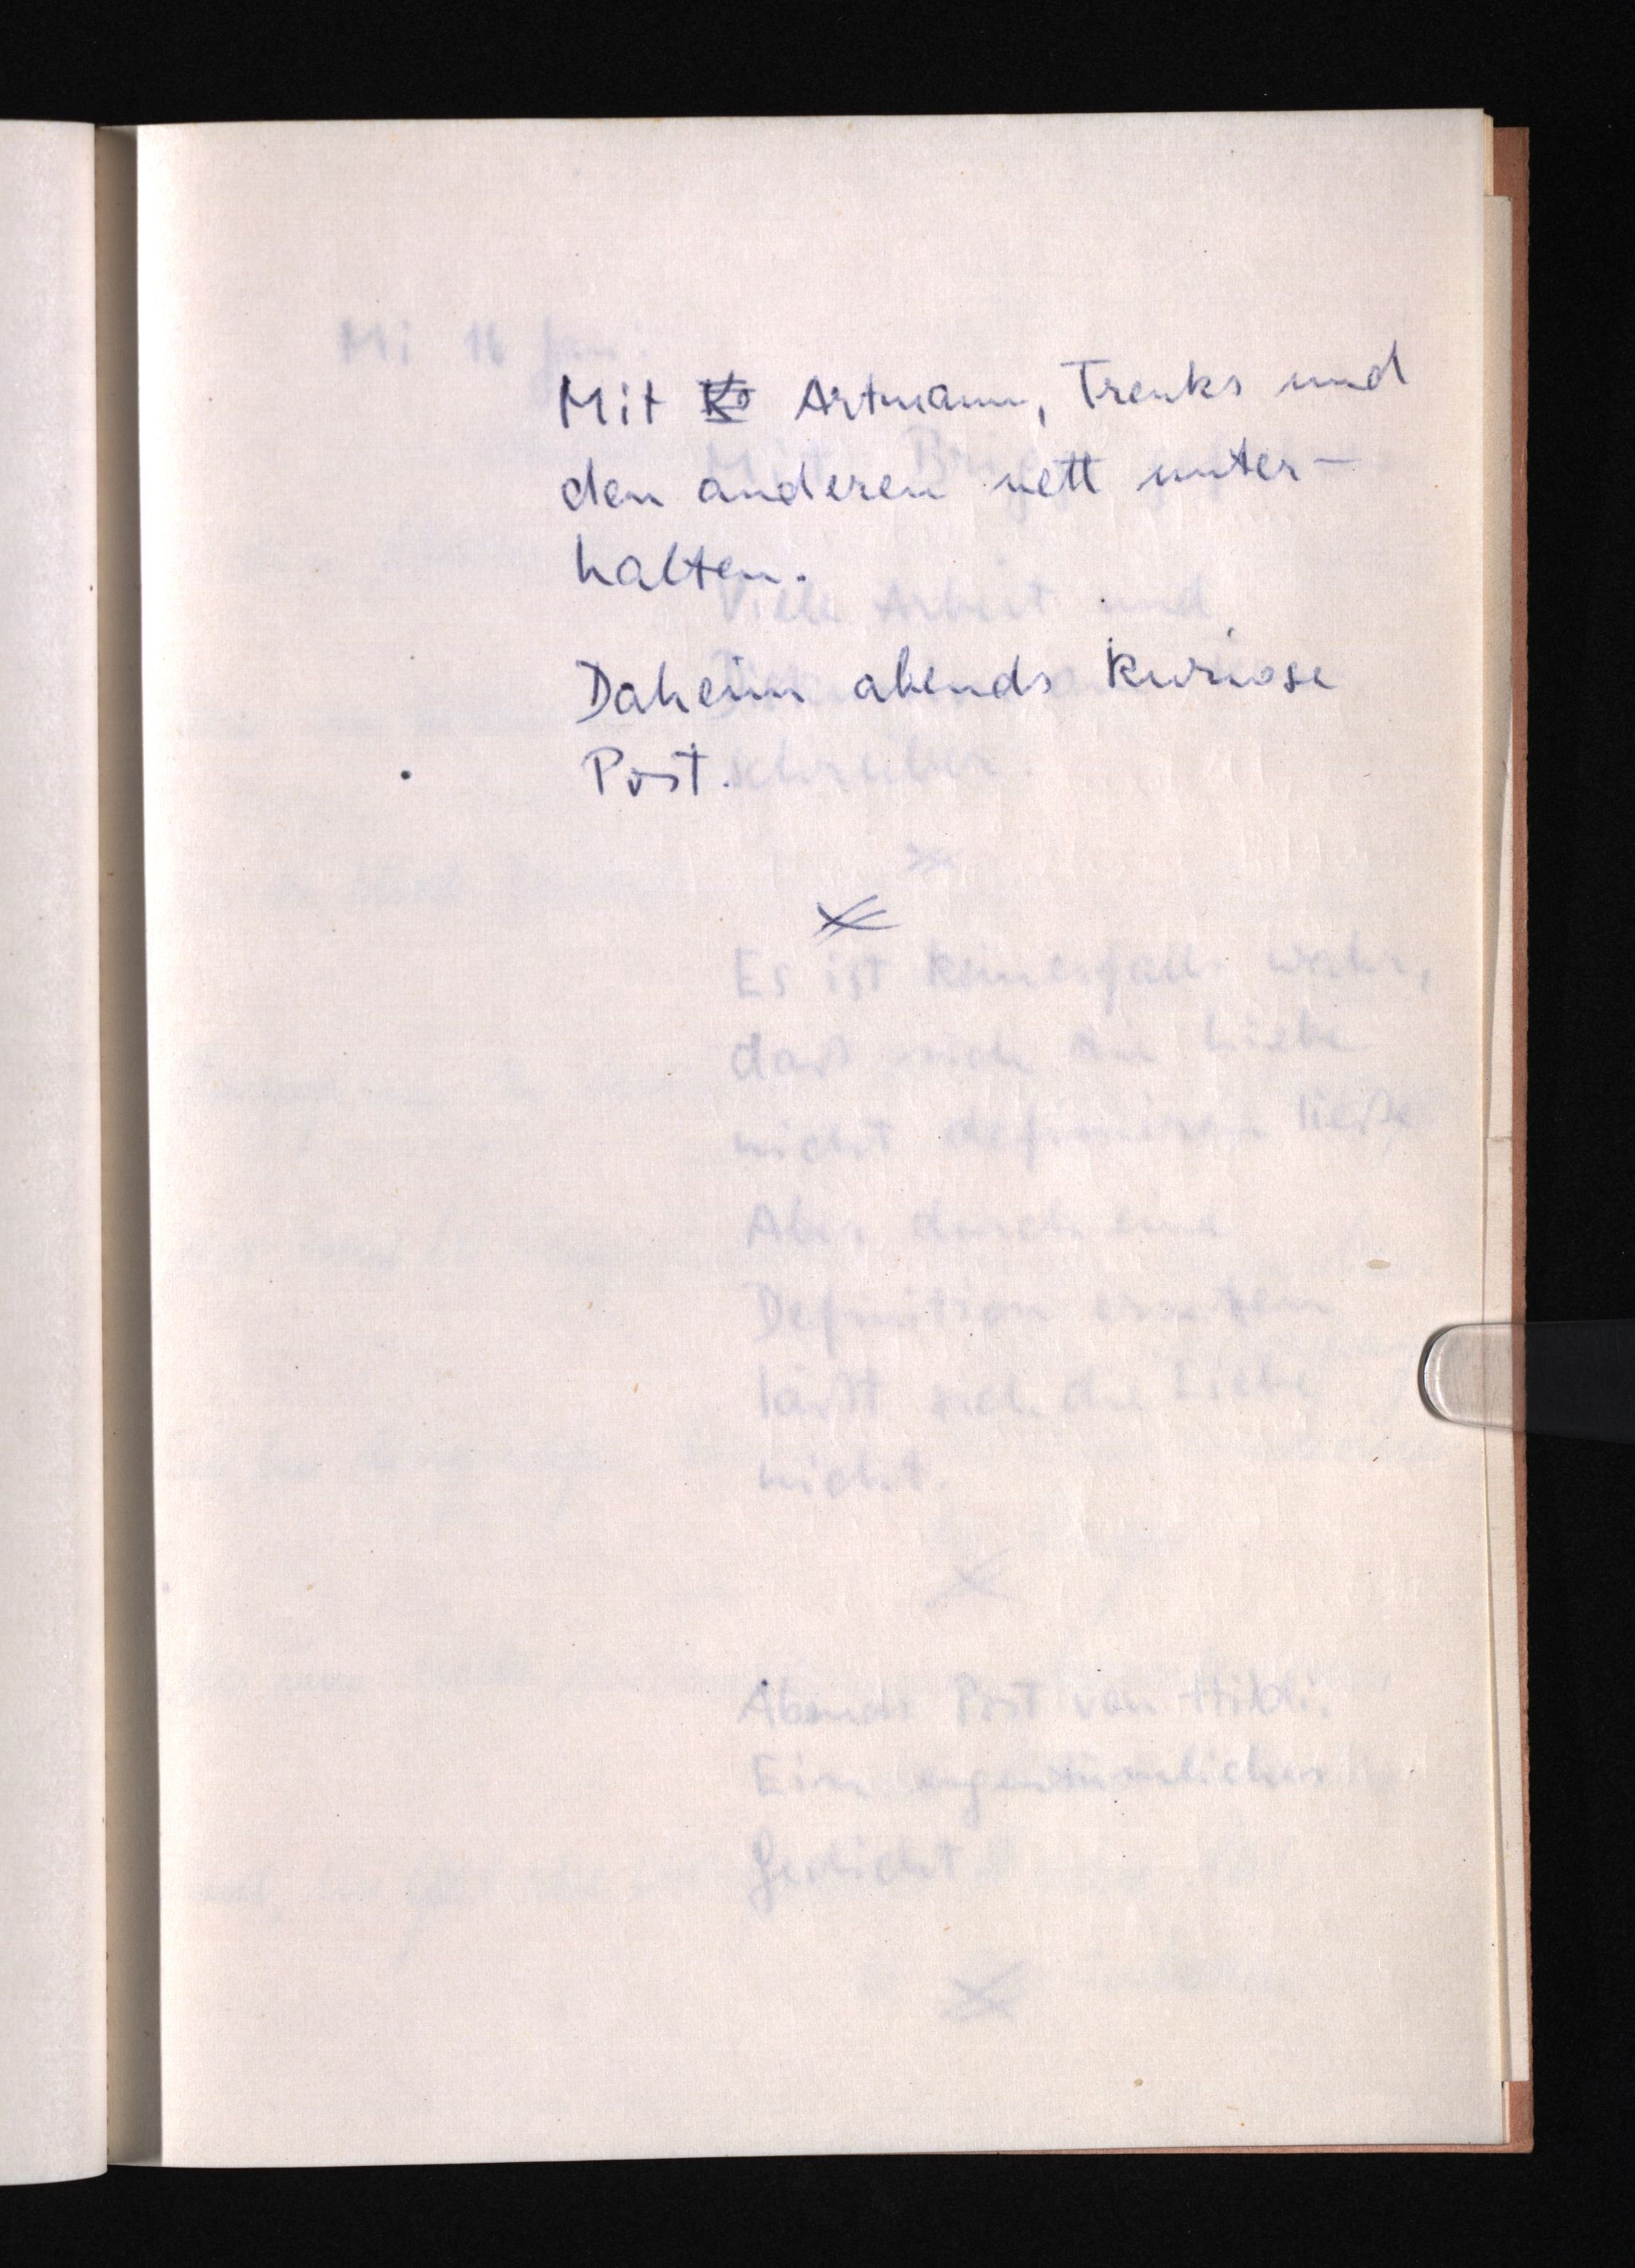
Mit K Artmann, Trenks und
den anderen nett unter¬
halten.
Daheim abends kuriose
Post.